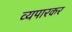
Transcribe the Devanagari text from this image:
व्यपारकर